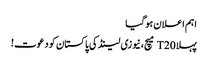
اہم اعلان ہوگیا
پہلا T20 میچ، نیوزی لینڈ کی پاکستان کو دعوت!